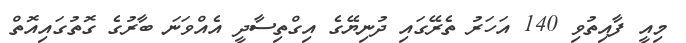
މިއީ ފާއިތުވި 140 އަހަރު ތެރޭގައި ދުނިޔޭގެ އިގްތިސާދީ އެއްވަނަ ބާރުގެ ގޮތުގައިއޮތް